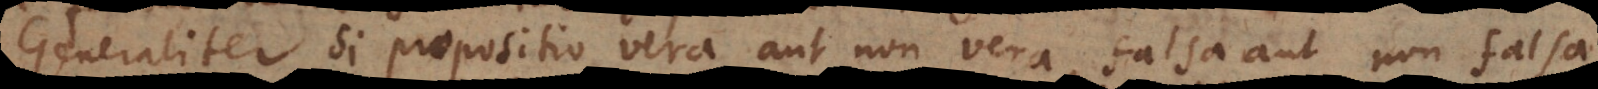
Generaliter, si propositio vera aut non vera, falsa aut non falsa